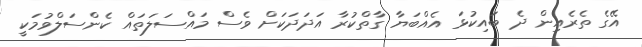
އޭގެ ތެރެއިން ދެ ބައިކުޅަ އެއްބަޔާ ގާތްކުރާ އަދަދަކަށް ވެސް މައްސަލަތައް ކެންސަލްވުމަކީ